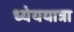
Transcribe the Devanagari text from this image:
ध्येययात्रा